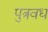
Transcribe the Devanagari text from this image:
पुत्रवध